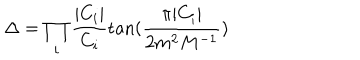
\Delta = \prod _ { i } \frac { | C _ { i } | } { C _ { i } } \tan ( \frac { \pi | C _ { i } | } { 2 m ^ { 2 } M ^ { - 1 } } )